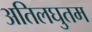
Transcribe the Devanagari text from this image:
अतिलघुतम